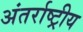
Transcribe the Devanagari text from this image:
अंतर्राष्ट्रीय